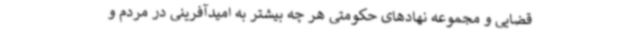
قضایی و مجموعه نهادهای حکومتی هر چه بیشتر به امیدآفرینی در مردم و